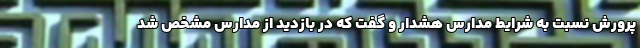
پرورش نسبت به شرایط مدارس هشدار و گفت که در بازدید از مدارس مشخص شد